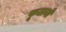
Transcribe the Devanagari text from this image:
फूलनों